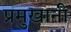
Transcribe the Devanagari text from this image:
प्रमुखानी